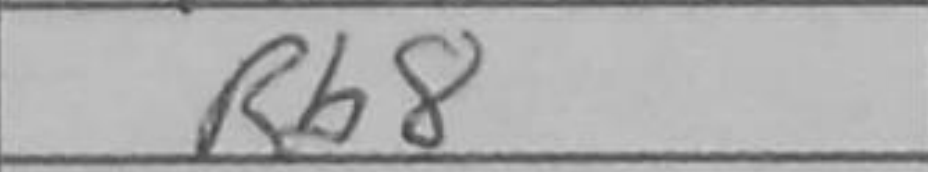
Transcription: Rb8